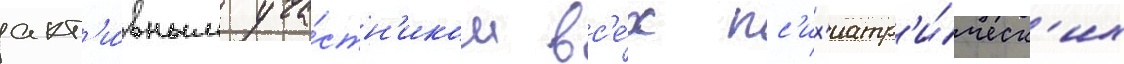
акт'и́вным уча́стн'иком вс'е́х пс'их'иатр'и́ческ'их